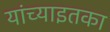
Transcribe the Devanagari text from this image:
यांच्याइतका